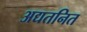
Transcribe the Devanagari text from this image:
अद्यतनित